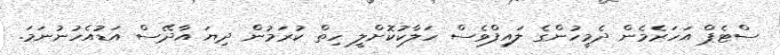
ސްޓެޕް އަހަރެމެން ދެމީހުންގެ ލައިފްވެސް ހަލާކުކޮށްލީ ހިތް ކުރަމުން ދިޔަ އާދޭސް އަޑުއެހުނުނަމަ.